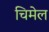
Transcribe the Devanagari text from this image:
चिमेल